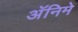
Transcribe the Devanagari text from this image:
अॅनिमे